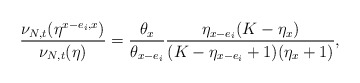
\begin{align*} \frac{\nu_{N,t}(\eta^{x-e_i,x})}{\nu_{N,t}(\eta)}=\frac{\theta_{x}}{\theta_{x-e_i}}\frac{\eta_{x-e_i}(K-\eta_x)}{(K-\eta_{x-e_i}+1)(\eta_x+1)},\end{align*}